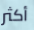
أكثر